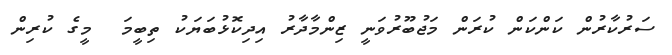
ސަރުކާރުން ކަންކަން ކުރަން މަޖުބޫރުވަނީ ޒިންމާދާރު އިދިކޮޅުބަޔަކު ތިބީމަ  މީގެ ކުރިން